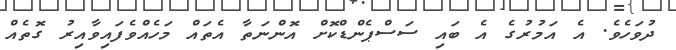
ދުވަހެވެ. އެ އަމުރުގެ އެ ބައި ސަސްޕެންޑްކޮށް އޮންނަތާ އެތައް މަހެއްވެފައިވާއިރު ގޮތެއް